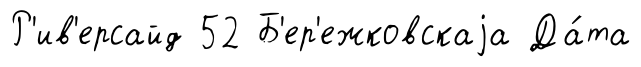
Р'ив'ерсайд 52 Б'ер'ежковскаjа Да́та